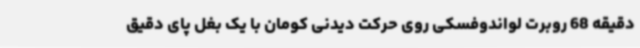
دقیقه 68 روبرت لواندوفسکی روی حرکت دیدنی کومان با یک بغل پای دقیق